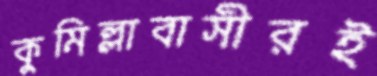
কুমিল্লাবাসীরই